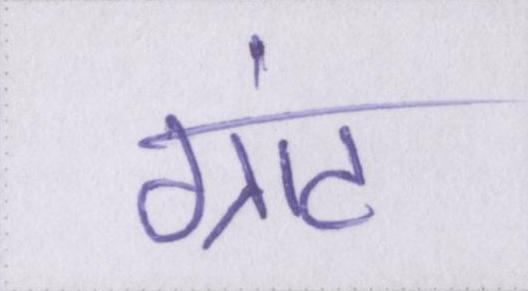
ग्रांट